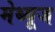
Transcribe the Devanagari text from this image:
मेथ्यूज